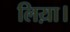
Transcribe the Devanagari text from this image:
लिय़ा।